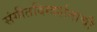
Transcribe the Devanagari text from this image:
संगीतदिग्दर्शनाची